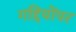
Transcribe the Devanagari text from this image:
गद्दियोंपर